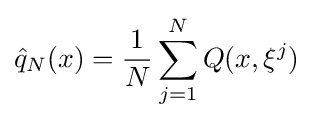
{\hat {q}}_{N}(x)={\frac {1}{N}}\sum _{j=1}^{N}Q(x,\xi ^{j})